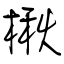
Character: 楸